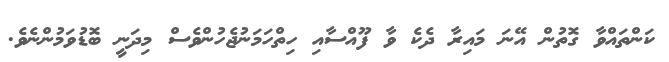
ކަންތައްވާ ގޮތުން އޭނަ މައިރާ ދެކެ ވާ ފޫއްސާއި ހިތްހަމަނުޖެހުންވެސް މިދަނީ ބޮޑުވަމުންނެވެ.